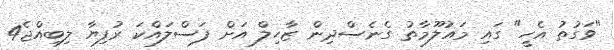
"ވަގުތު އެހީ" ގައި މައުލޫމާތު ގެނެސްދިން ޒާހިލް އަށް ފަސްލައްކަ ރުފިޔާ ލިބިއްޖެ4